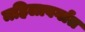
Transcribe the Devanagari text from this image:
महिलावर्गात